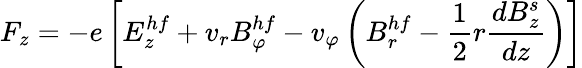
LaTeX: F_{z}=-e\left[E_{z}^{hf}+v_{r}B_{\varphi}^{hf}-v_{\varphi}\left(B_{r}^{hf}-\frac{1}{2}r\frac{dB_{z}^{s}}{dz}\right)\right]